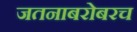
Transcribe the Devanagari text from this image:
जतनाबरोबरच